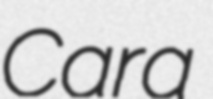
Cara